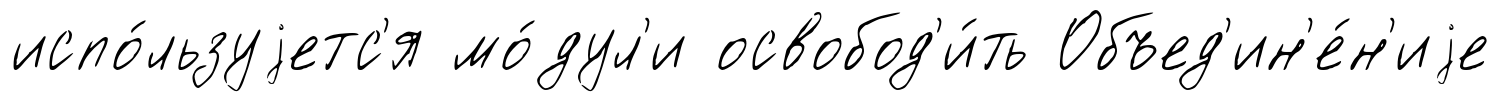
испо́льзуjетс'я мо́дул'и освобод'и́ть Объед'ин'е́н'иjе